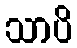
သာပိ